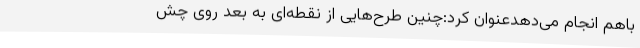
باهم انجام می‌دهدعنوان کرد:چنین طرح‌هایی از نقطه‌ای به بعد روی چش